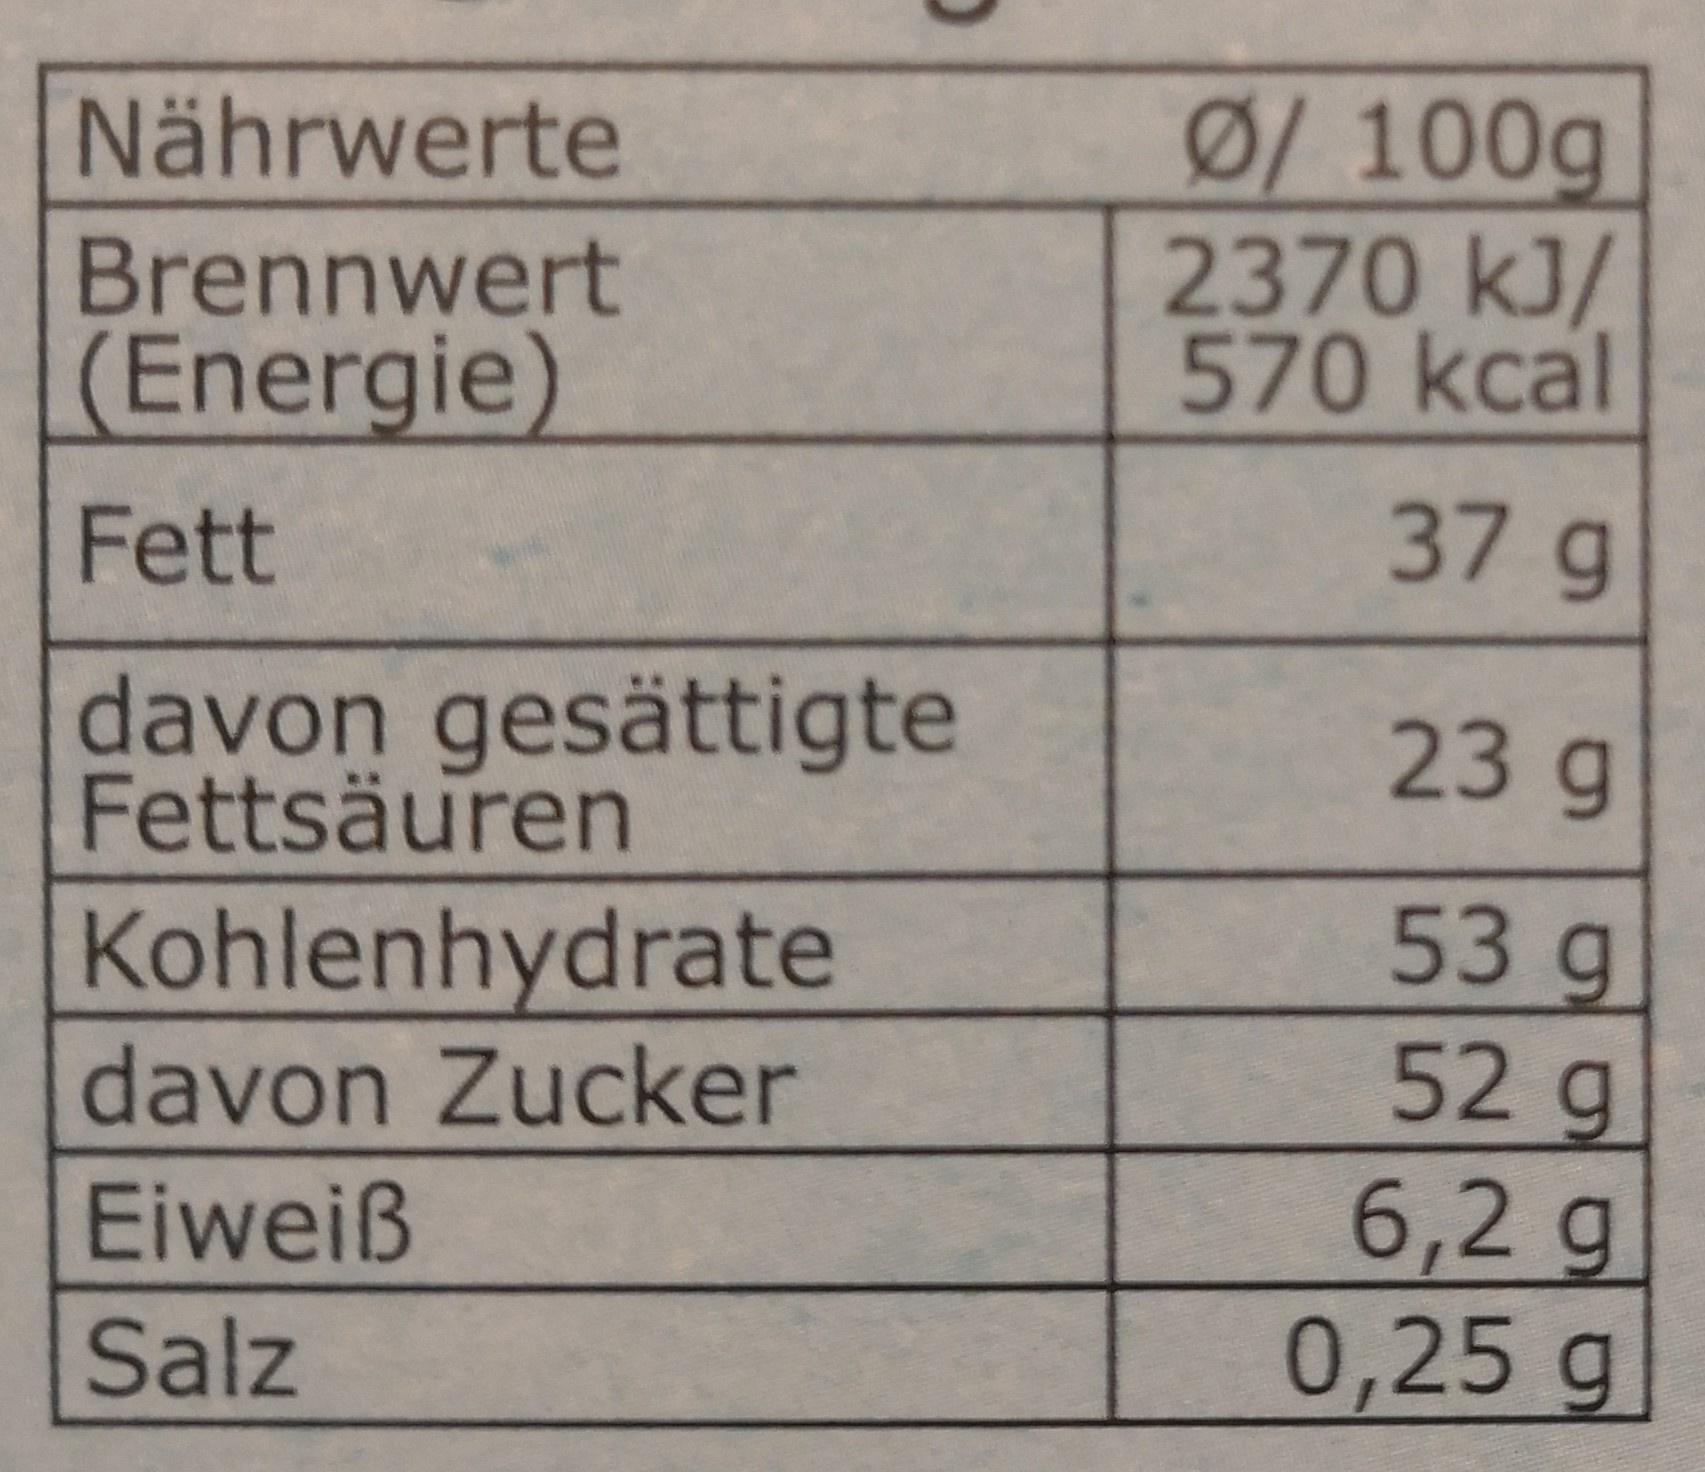
Ø/ 100g 2370 kJ/ 570 kcal
Nährwerte
Brennwert (Energie)
37g
Fett
davon gesättigte Fettsäuren
23g
53g 52g
Kohlenhydrate
davon Zucker
6,2g 0,25 g
Eiweiß
Salz